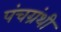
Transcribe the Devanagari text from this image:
पंचग्रंथी